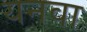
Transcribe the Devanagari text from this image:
यनवा